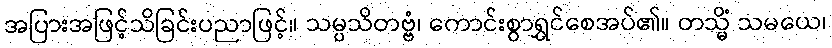
အပြားအဖြင့်သိခြင်းပညာဖြင့်။ သမ္ပသိတဗ္ဗံ၊ ကောင်းစွာရွှင်စေအပ်၏။ တသ္မိံ သမယေ၊